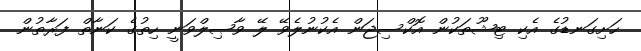
ހަށިގަނޑުގެ އެކި ޓިޝޫތަކުން އޮކްސިޖަން އެކުނުލެވޭ ލޭ ވާޞިލްވަނީ ހިތުގެ ކަނާތް ފަރާތުން